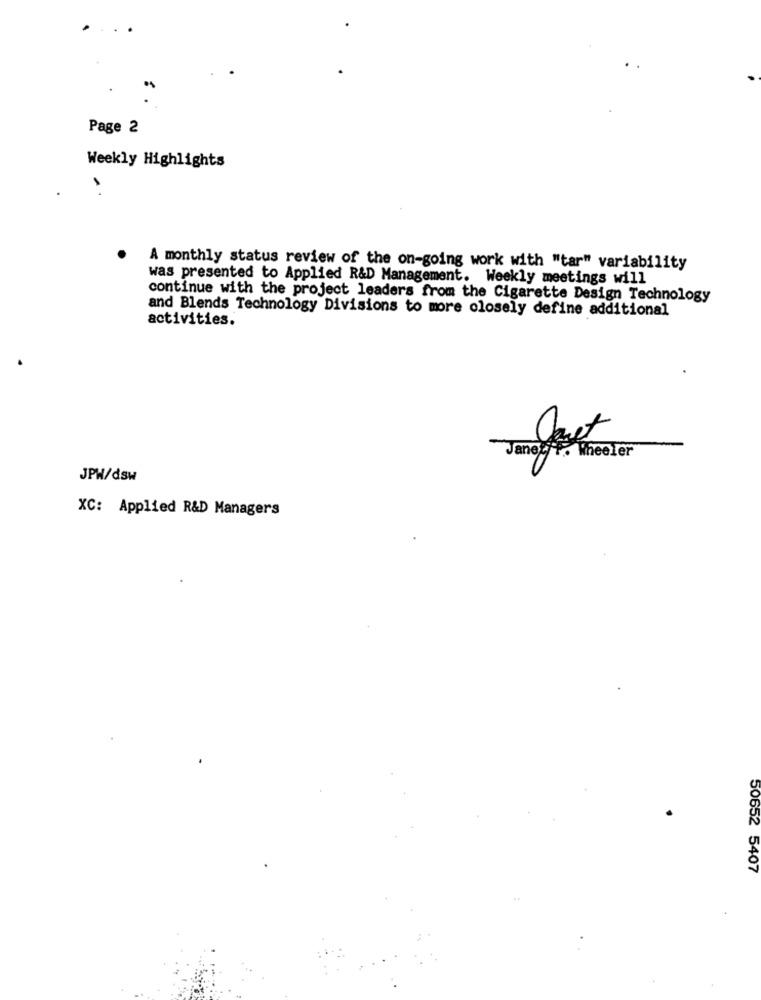
Page 2
Weekly Highlights
A monthly status review of the on-going work with "tar" variability
was presented to Applied R&D Management. Weekly meetings will
continue with the project leaders from the Cigarette Design Technology
and Blends Technology Divisions to more closely define additional
activities.
Janet. Wheeler
JPW/dsw
XC: Applied R&D Managers
50652 5407